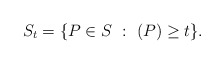
\begin{align*} S_t = \{ P\in S \ : \ (P) \geq t \}.\end{align*}